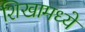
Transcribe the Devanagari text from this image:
शिखामध्ये